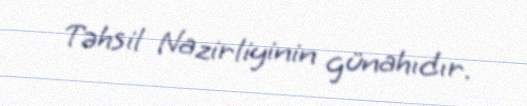
Təhsil Nazirliyinin günahıdır.